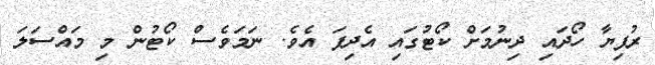
ރުފިޔާ ހޯދައި ދިނުމަށް ކޯޓުގައި އެދިފަ އެވެ. ނަމަވެސް ކޯޓުން މި މައްސަލަ